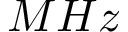
M H z